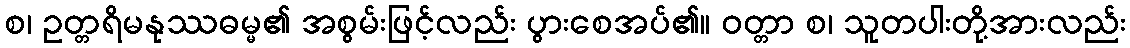
စ၊ ဥတ္တရိမနုဿဓမ္မ၏ အစွမ်းဖြင့်လည်း ပွားစေအပ်၏။ ဝတ္တာ စ၊ သူတပါးတို့အားလည်း